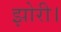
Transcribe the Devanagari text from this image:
झोरी।